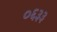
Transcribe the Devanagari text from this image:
०६३३